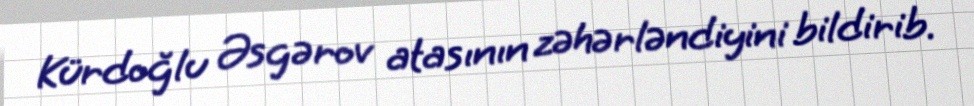
Kürdoğlu Əsgərov atasının zəhərləndiyini bildirib.